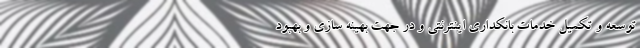
توسعه و تکمیل خدمات بانکداری اینترنتی و در جهت بهینه سازی و بهبود